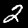
Digit: 2